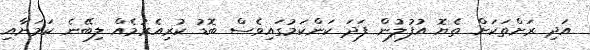
އަދި ރަށްތަކަށް ތެޔޮ އުފުލުން ފަދަ ކަންކަމުގައިވެސް ބޮޑު ކުރިއެރުމެއް ލިބޭނެ ކަމަށާއި